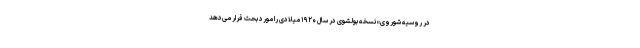
در روسیه شوروی» نسخه بولشوی در سال ۱۹۲۰ میلادی را مورد بحث قرار می‌دهد